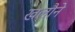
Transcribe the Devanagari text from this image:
खलौने